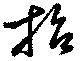
招